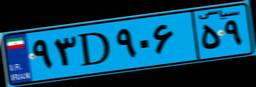
۹۹D۲۳۲۷۲